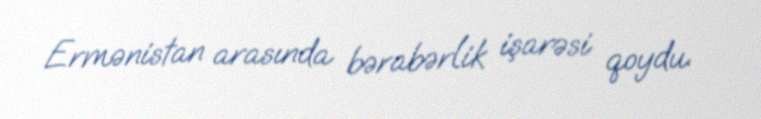
Ermənistan arasında bərabərlik işarəsi qoydu.